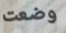
وضعت